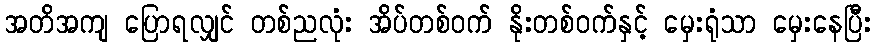
အတိအကျ ပြောရလျှင် တစ်ညလုံး အိပ်တစ်ဝက် နိုးတစ်ဝက်နှင့် မှေးရုံသာ မှေးနေပြီး